Madras plague regulations in force outside the Presidency town - Volume 7
Disease focus: Plague
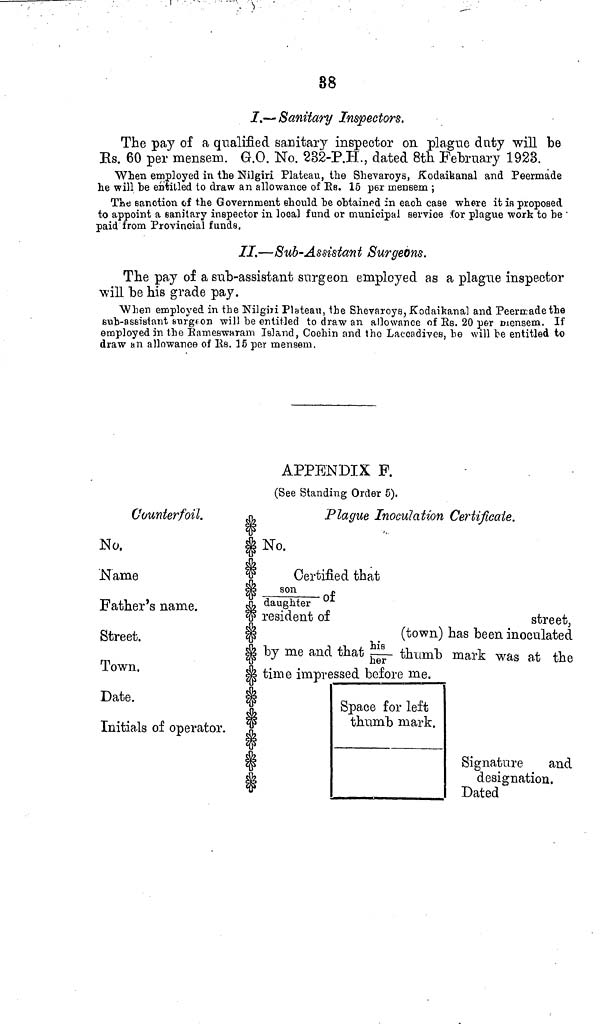
38
I.- Sanitary Inspectors.
The pay of a qualified sanitary inspector on plague duty will be
Es. 60 per mensem. G.O. No. 232-P.H., dated 8th February 1923.
When employed in the Nilgiri Plateau, the Shevaroys, Kodaibanal and Peermade
he will he entitled to draw an allowance of Rs. 15 per mensem;
The sanction of the Government should be obtained in each case where it is proposed
to appoint a sanitary inspector in local fund or municipal service for plague work to be
paid from Provincial funds.
II.—Sub-Assistant Surgeons.
The pay of a sub-assistant surgeon employed as a plague inspector
will be his grade pay.
When employed in the Nilgiri Plateau, the Shevaroys, Kodaikanal and Peermade the
sub-assistant surg/illon will be entitled to draw an allowance of Rs. 20 per mensem. If
employed in the Rameswaram Island, Cochin and the Laceadives, he will be entitled to
draw an allowance of Rs. 15 per mensem.
APPENDIX F.
(See Standing Order 5).
Counterfoil.
No.
Name
Father's name.
Street.
Town.
Date.
Initials of operator.
Plague Inoculation Certificate.
No.
Certified that
son/ daughter of
resident of
street,
(town) has been inoculated
by me and that his/her thumb mark was at the
time impressed before me.
Space for left
thumb mark.
Signature
and
designation.
Dated